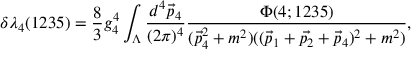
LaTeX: { \delta } { \lambda } _ { 4 } ( 1 2 3 5 ) = \frac { 8 } { 3 } g _ { 4 } ^ { 4 } \int _ { { \Lambda } } \frac { d ^ { 4 } \vec { p } _ { 4 } } { ( 2 { \pi } ) ^ { 4 } } \frac { { \Phi } ( 4 ; 1 2 3 5 ) } { ( \vec { p } _ { 4 } ^ { 2 } + m ^ { 2 } ) ( ( \vec { p } _ { 1 } + \vec { p _ { 2 } } + \vec { p } _ { 4 } ) ^ { 2 } + m ^ { 2 } ) } ,